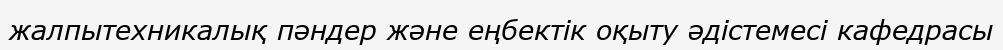
жалпытехникалық пәндер және еңбектік оқыту әдістемесі кафедрасы